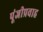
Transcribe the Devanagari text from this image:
पूंजीप्रवाह